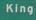
king